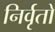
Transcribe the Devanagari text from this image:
निर्वृतो